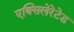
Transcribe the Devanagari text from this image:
एक्सिलेरेटेड